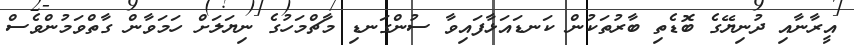
އީރާނާއި ދުނިޔޭގެ ބޮޑެތި ބާރުތަކުން ކަނޑައަޅާފައިވާ ސުންގަނޑި މާޗްމަހުގެ ނިޔަލަށް ހަމަވާން ގާތްވަމުންވެސް